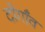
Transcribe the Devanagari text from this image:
दोगाँव